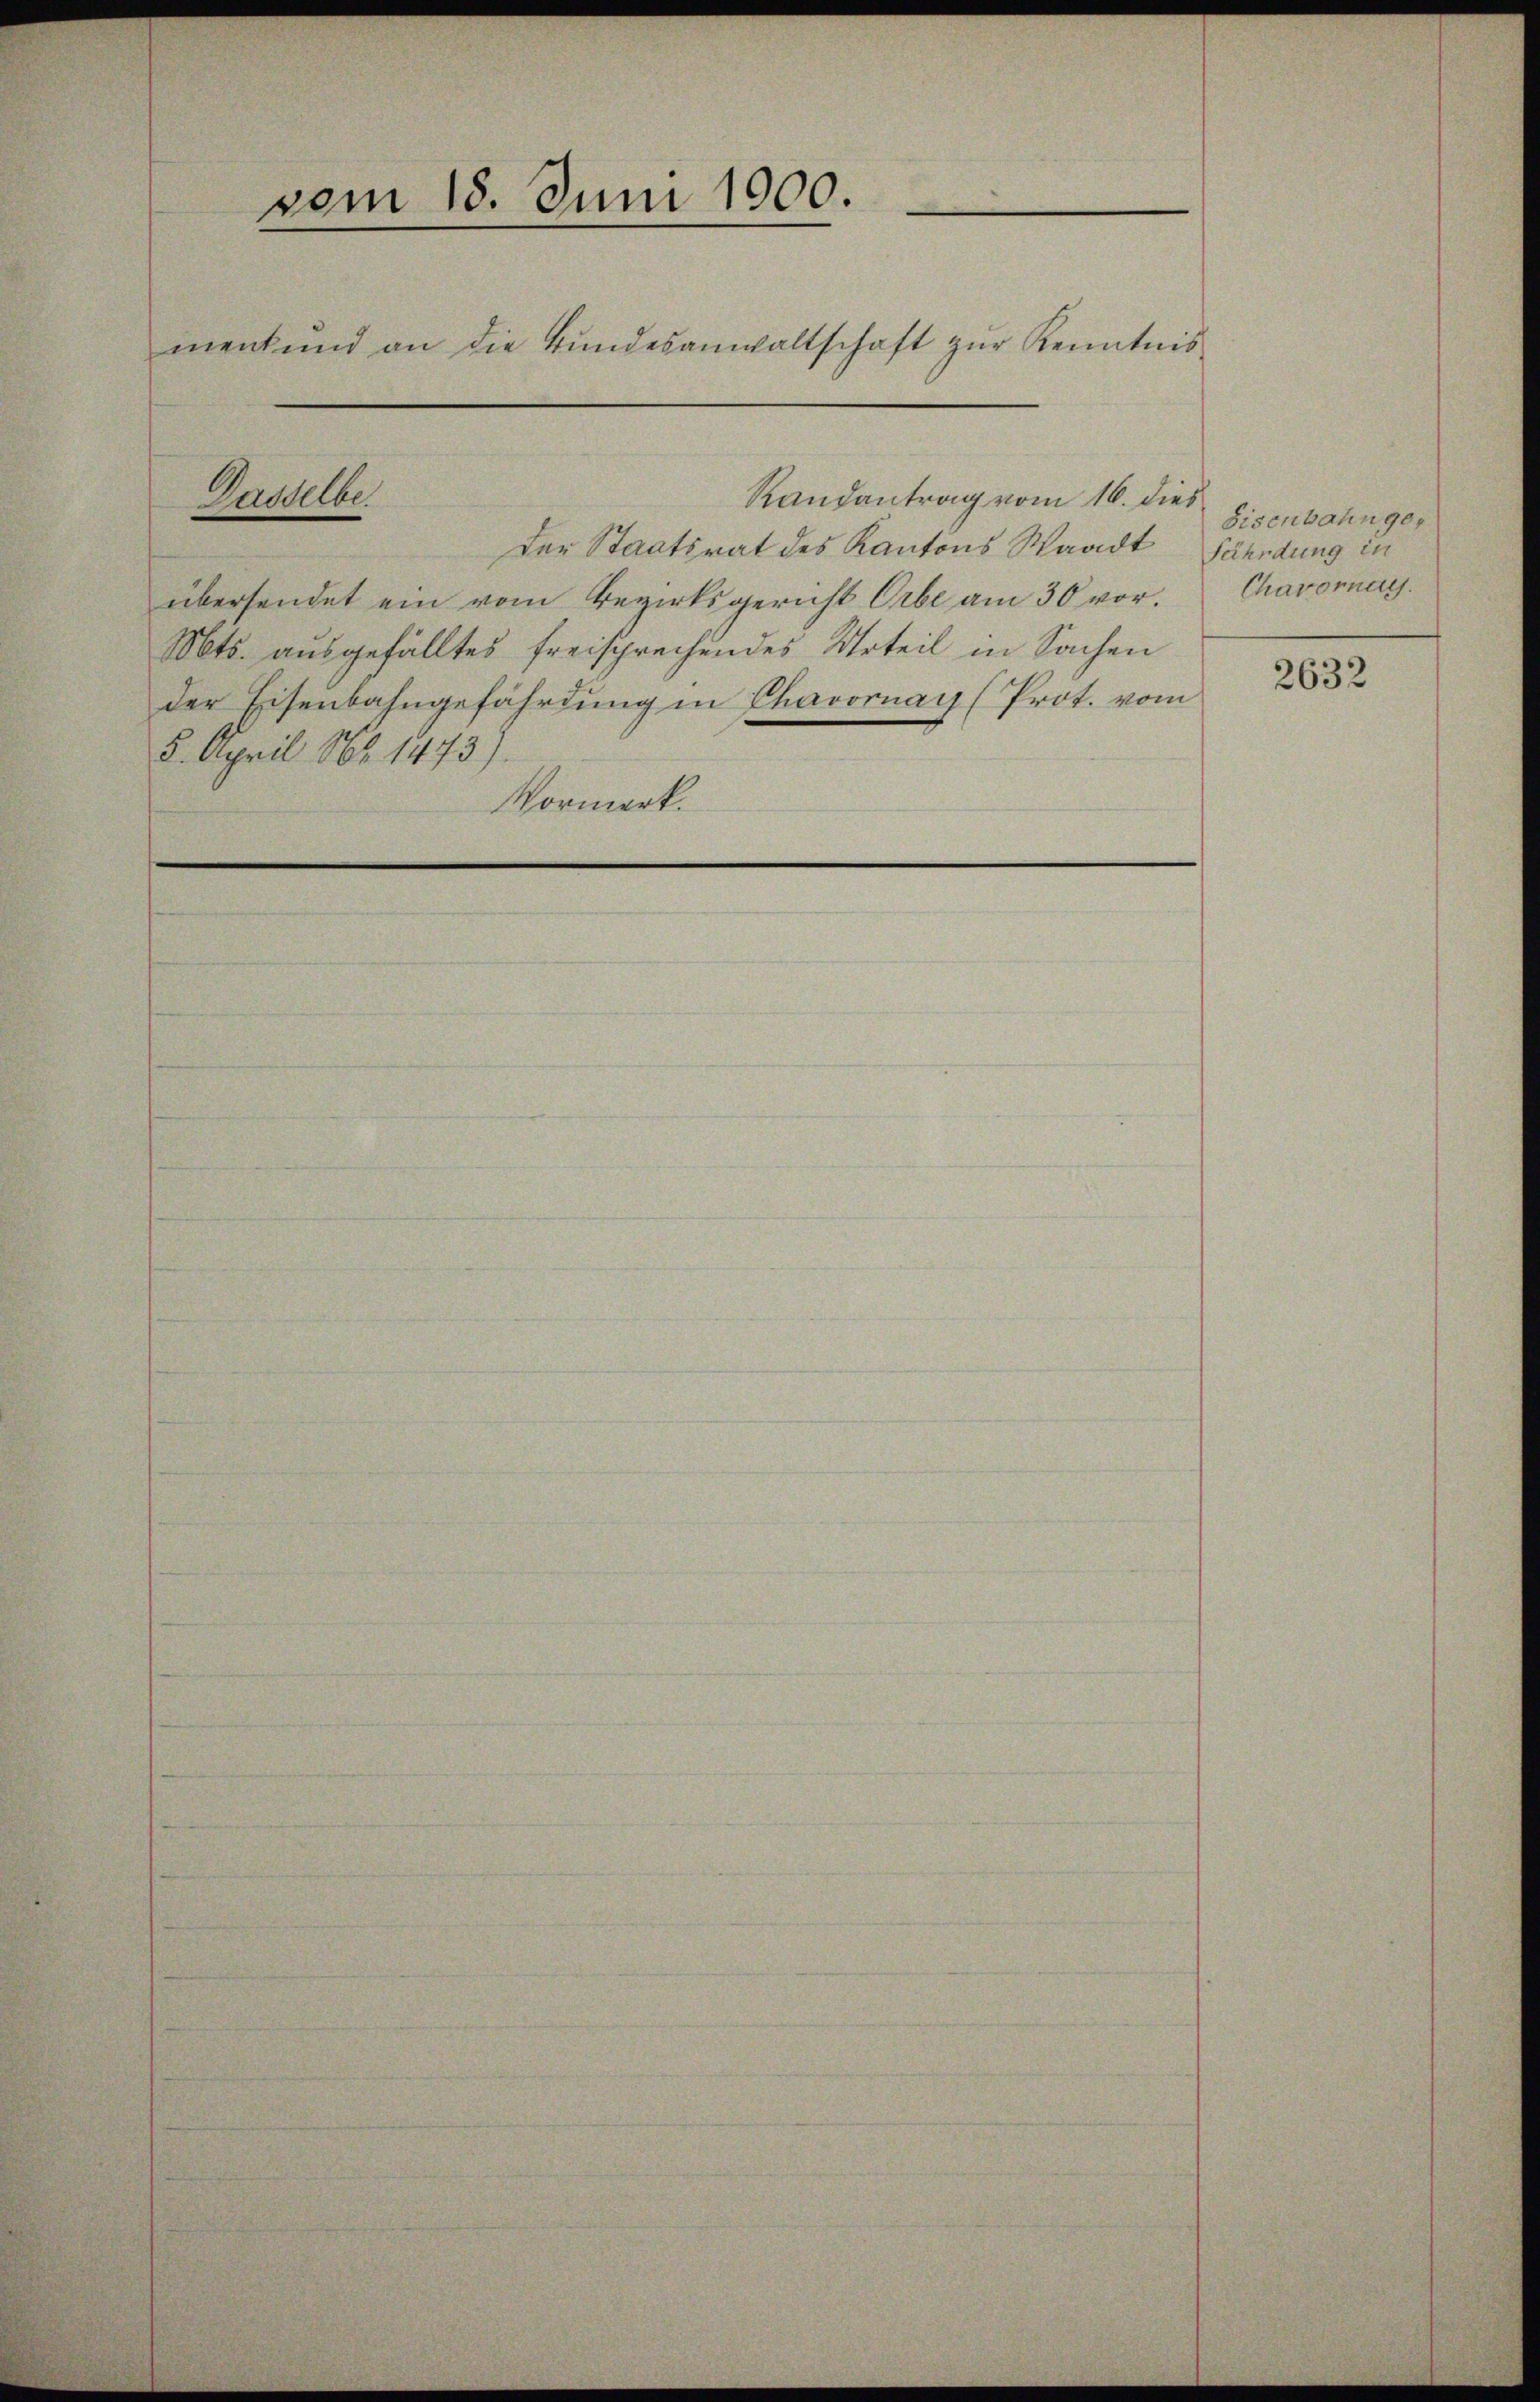
vom 18. Juni 1000.
ment und an die Bŭndesanwaltschaft zŭr Kenntnis

Randantrag vom 16. dies
der Staatsrat des Kantons Waadt fährdung in
übersendet ein vom Bezirksgericht Orbe am 30 vor.
Mts. ausgefälltes freisprechendes Urteil in Sachen
der Eisenbahngefährdung in Chavornay (Prot. vom
5. April No 1473)
Vormerk

Dasselber

Sisenbahnge¬
Chavomag.

2632